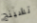
تشينج